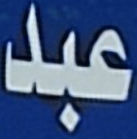
عبد